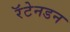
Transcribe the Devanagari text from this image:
रॅटेनडन